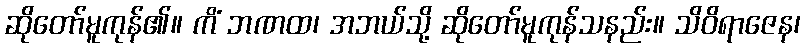
ဆိုတော်မူကုန်၏။ ကိံ ဘဏထ၊ အဘယ်သို့ ဆိုတော်မူကုန်သနည်း။ သိဝိရာဇေန၊